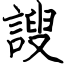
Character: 謏